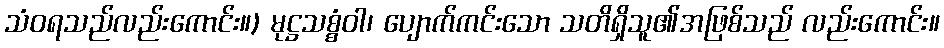
သံဝရသည်လည်းကောင်း။) မုဋ္ဌသစ္စံဝါ၊ ပျောက်ကင်းသော သတိရှိသူ၏အဖြစ်သည် လည်းကောင်း။